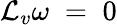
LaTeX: {\mathcal{L}}_{v}\omega\; =\; 0